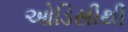
ઓડિસીથી